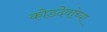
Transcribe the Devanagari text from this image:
कोडदेवांच्या